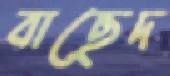
বাছেদ